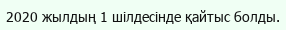
2020 жылдың 1 шілдесінде қайтыс болды.